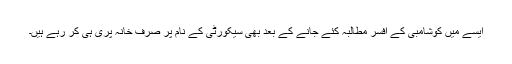
ایسے میں کوشامبی کے افسر مطالبہ کئے جانے کے بعد بھی سیکورٹی کے نام پر صرف خانہ پری ہی کر رہے ہیں۔